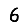
Digit: 6